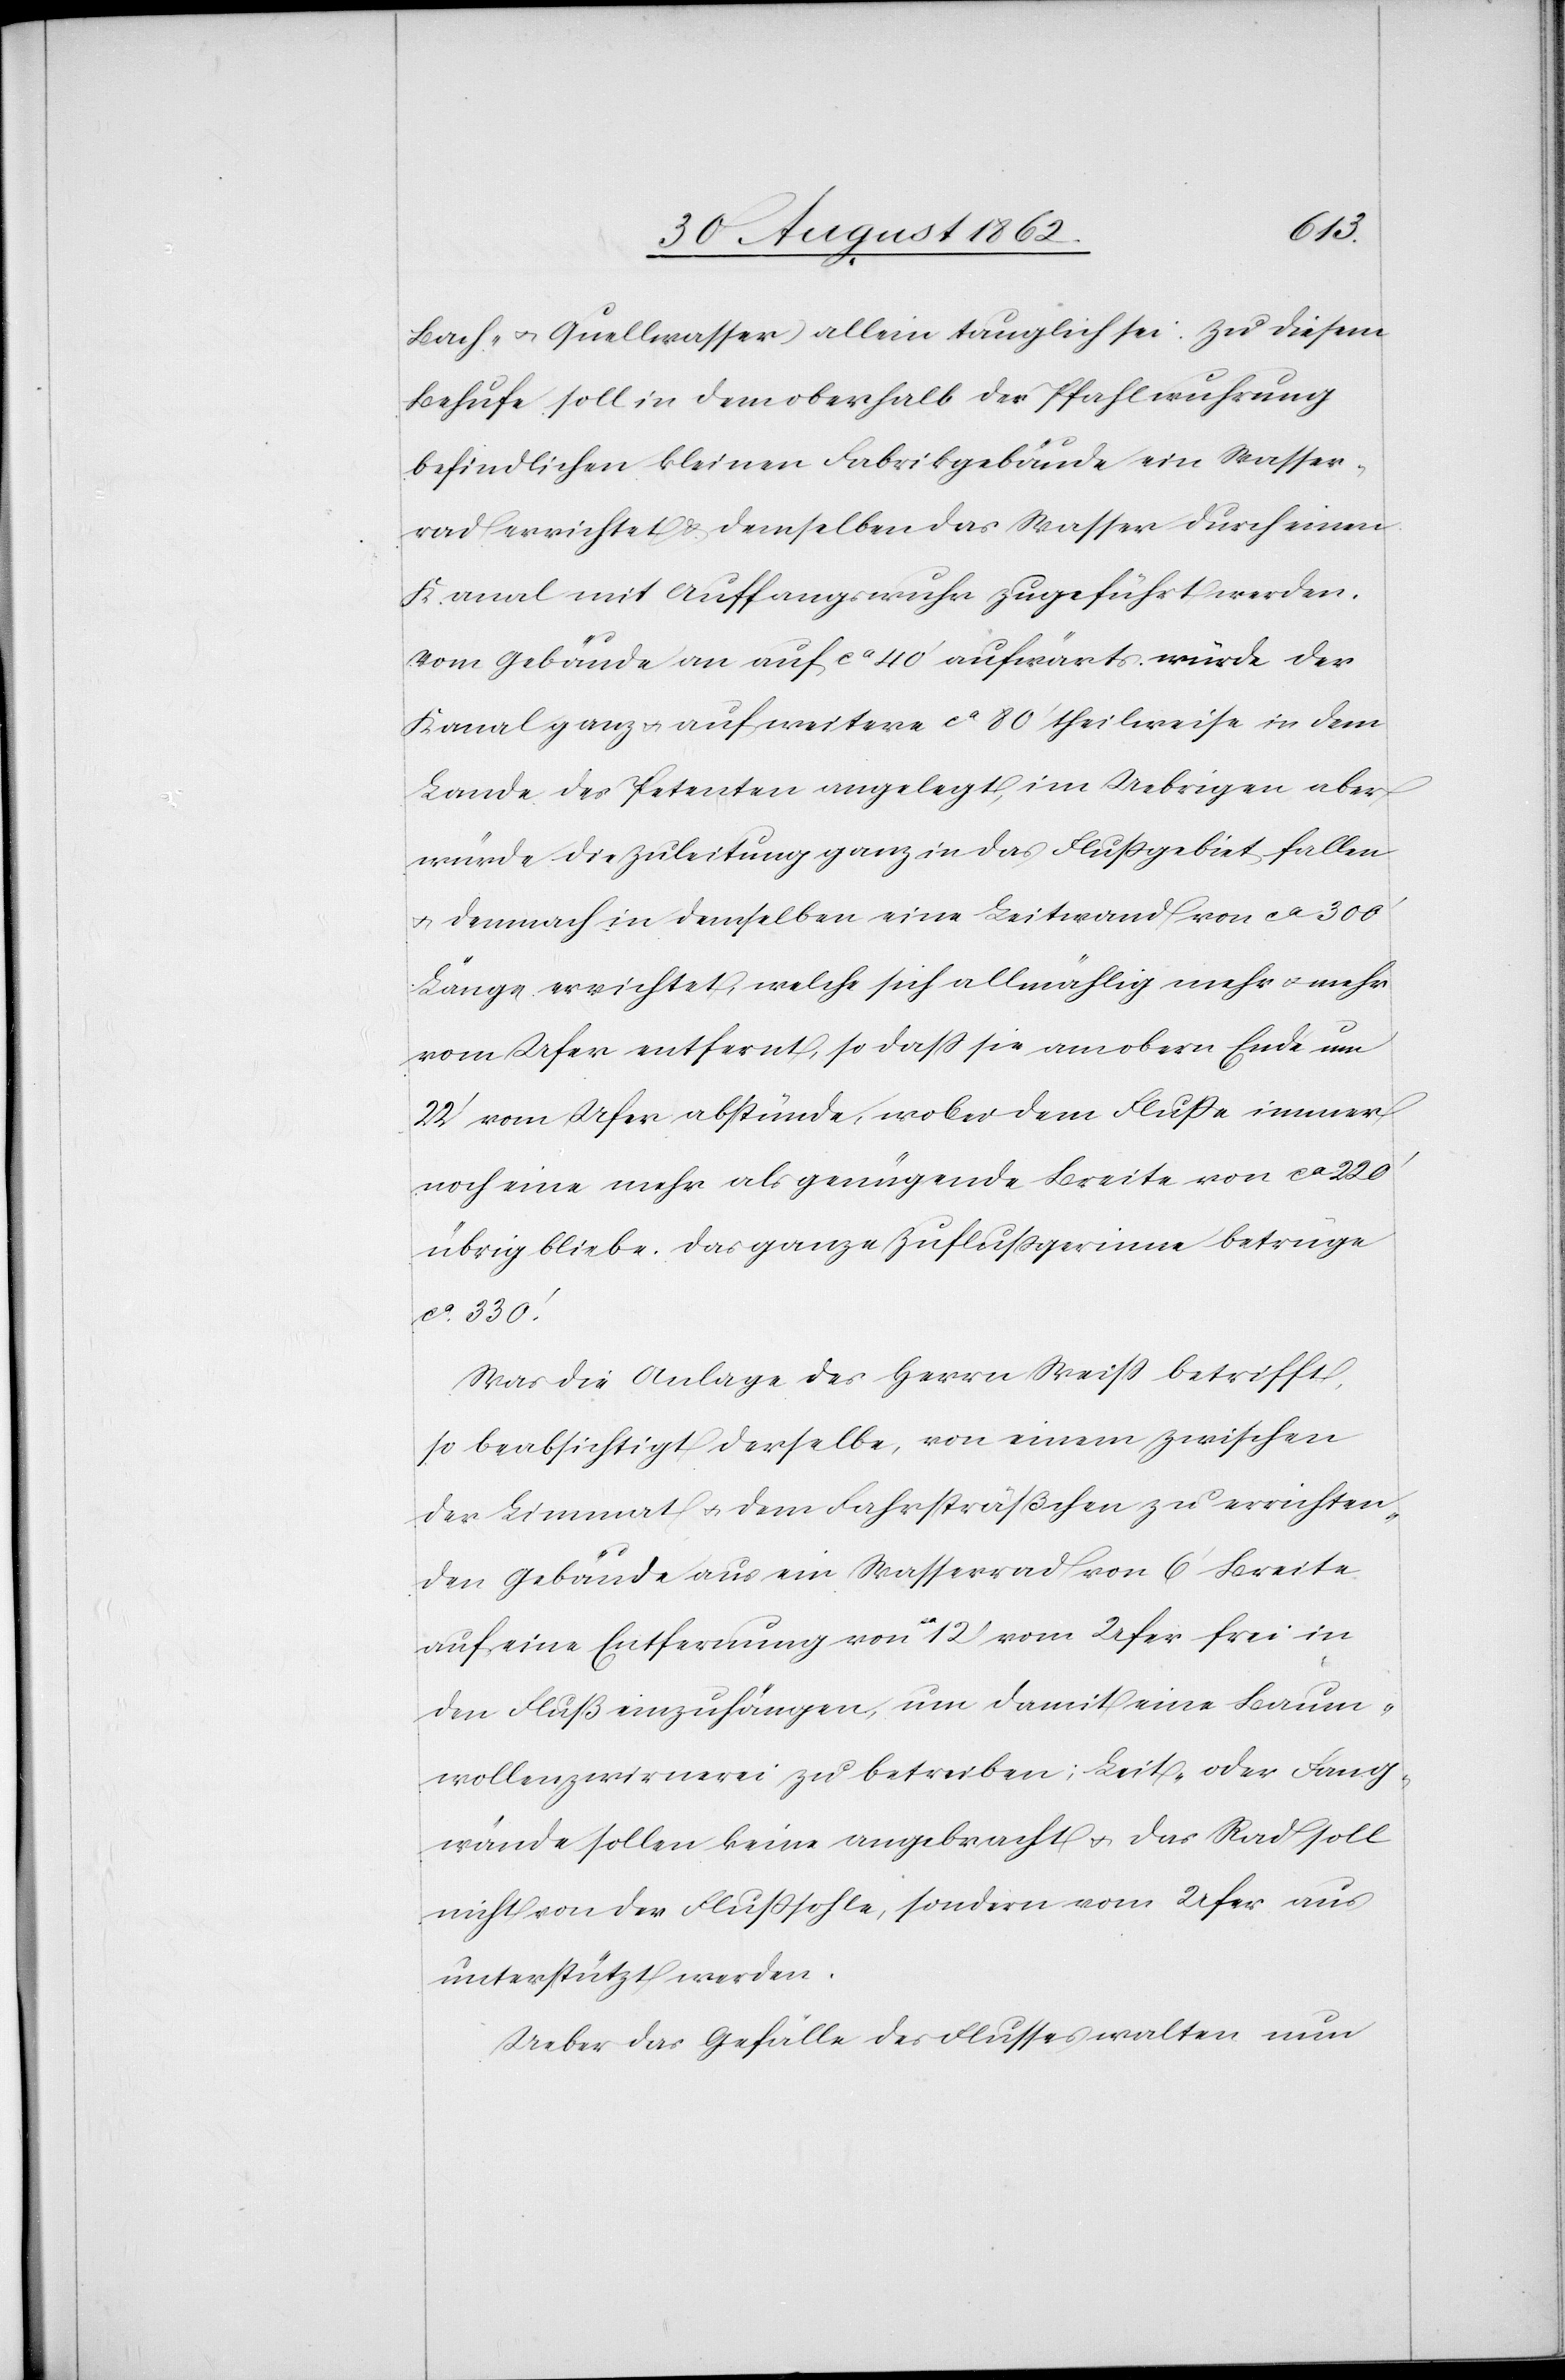
Bach- u. Quellwasser) allein tauglich sei. Zu diesem
Behufe soll in dem oberhalb der Pfahlwuhrung
befindlichen kleinen Fabrikgebäude ein Wasser¬
rad errichtet u. demselben das Wasser durch einen
Kanal mit Auffangswuhr zugeführt werden.
Vom Gebäude an auf ca 40’ aufwärts würde der
Kanal ganz u. auf weitere ca 80’ theilweise in dem
Lande des Petenten angelegt, im Uebrigen aber
würde die Zuleitung ganz in das Flußgebiet fallen
u. demnach in demselben eine Leitwand von ca 300’
Länge errichtet, welche sich allmählig mehr u. mehr
vom Ufer entfernt, so daß sie am obern Ende um
22’ vom Ufer abstünde, wobei dem Fluße immer
noch eine mehr als genügende Breite von ca 220’
übrig bliebe. Das ganze Zuflußgerinne betrüge
ca 330’.
Was die Anlage des Herrn Weiß betrifft,
so beabsichtigt derselbe, von einem zwischen
der Limmat u. dem Fahrsträßchen zu errichten¬
den Gebäude aus ein Wasserrad von 6’ Breite
auf eine Entfernung von ca 12’ vom Ufer frei in
den Fluß einzuhängen, um damit eine Baum¬
wollenzwirnerei zu betreiben; Leit- oder Fang¬
wände sollen keine angebracht u. das Rad soll
nicht von der Flußsohle, sondern vom Ufer aus
unterstützt werden.
Ueber das Gefälle des Flusses walten nun